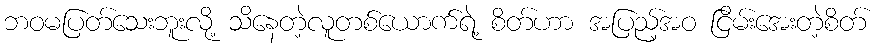
ဘဝမပြတ်သေးဘူးလို့ သိနေတဲ့လူတစ်ယောက်ရဲ့ စိတ်ဟာ အပြည့်အဝ ငြိမ်းအေးတဲ့စိတ်